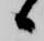
候